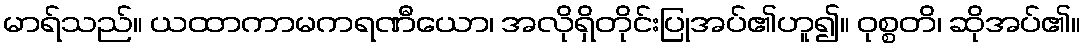
မာရ်သည်။ ယထာကာမကရဏီယော၊ အလိုရှိတိုင်းပြုအပ်၏ဟူ၍။ ဝုစ္စတိ၊ ဆိုအပ်၏။